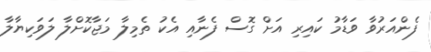
ފެންއަރުވާ ވަޑާމު ކައިރި އަށް ގޮސް ފެނާއި އެކު ތެމިލާ މަޖާކޮށްލާ ލަވަކިޔާލާ